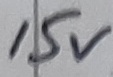
Text: 15V